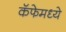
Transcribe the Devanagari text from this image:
कॅफेमध्ये